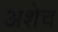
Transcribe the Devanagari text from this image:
अशेच